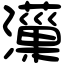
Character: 𤂋